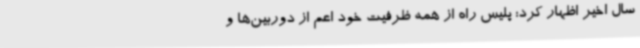
سال اخیر اظهار کرد: پلیس راه از همه ظرفیت خود اعم از دوربین‌ها و